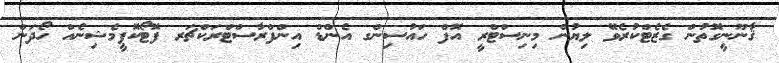
ޤާނޫނީގޮތުން ގެޒެޓްކުރެވޭ ލިޔުން މިނިސްޓްރީ އޮފް ހައުސިންގ އެންޑް އިންފްރާސްޓްރަކްޗަރ ފޮޓޯކޮޕީމެޝިނެއް ހޯދަން